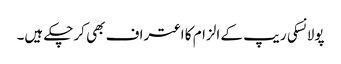
پولانسکی ریپ کے الزام کا اعتراف بھی کرچکے ہیں۔